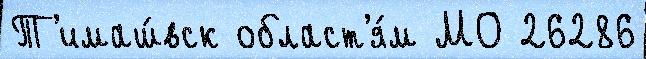
Т'имаш́вск област'я́м МО 26286